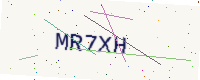
Text: MR7XH